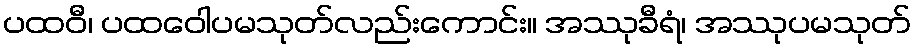
ပထဝီ၊ ပထဝေါပမသုတ်လည်းကောင်း။ အဿုခီရံ၊ အဿုပမသုတ်